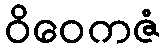
ဝိဝေကဇံ